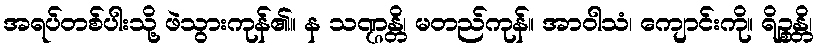
အရပ်တစ်ပါးသို့ ဖဲသွားကုန်၏။ န သဏ္ဌန္တိ၊ မတည်ကုန်။ အာဝါသံ၊ ကျောင်းကို။ ရိဉ္စန္တိ၊